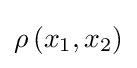
\rho \left(x_{1},x_{2}\right)